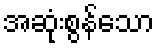
အဆုံးစွန်သော